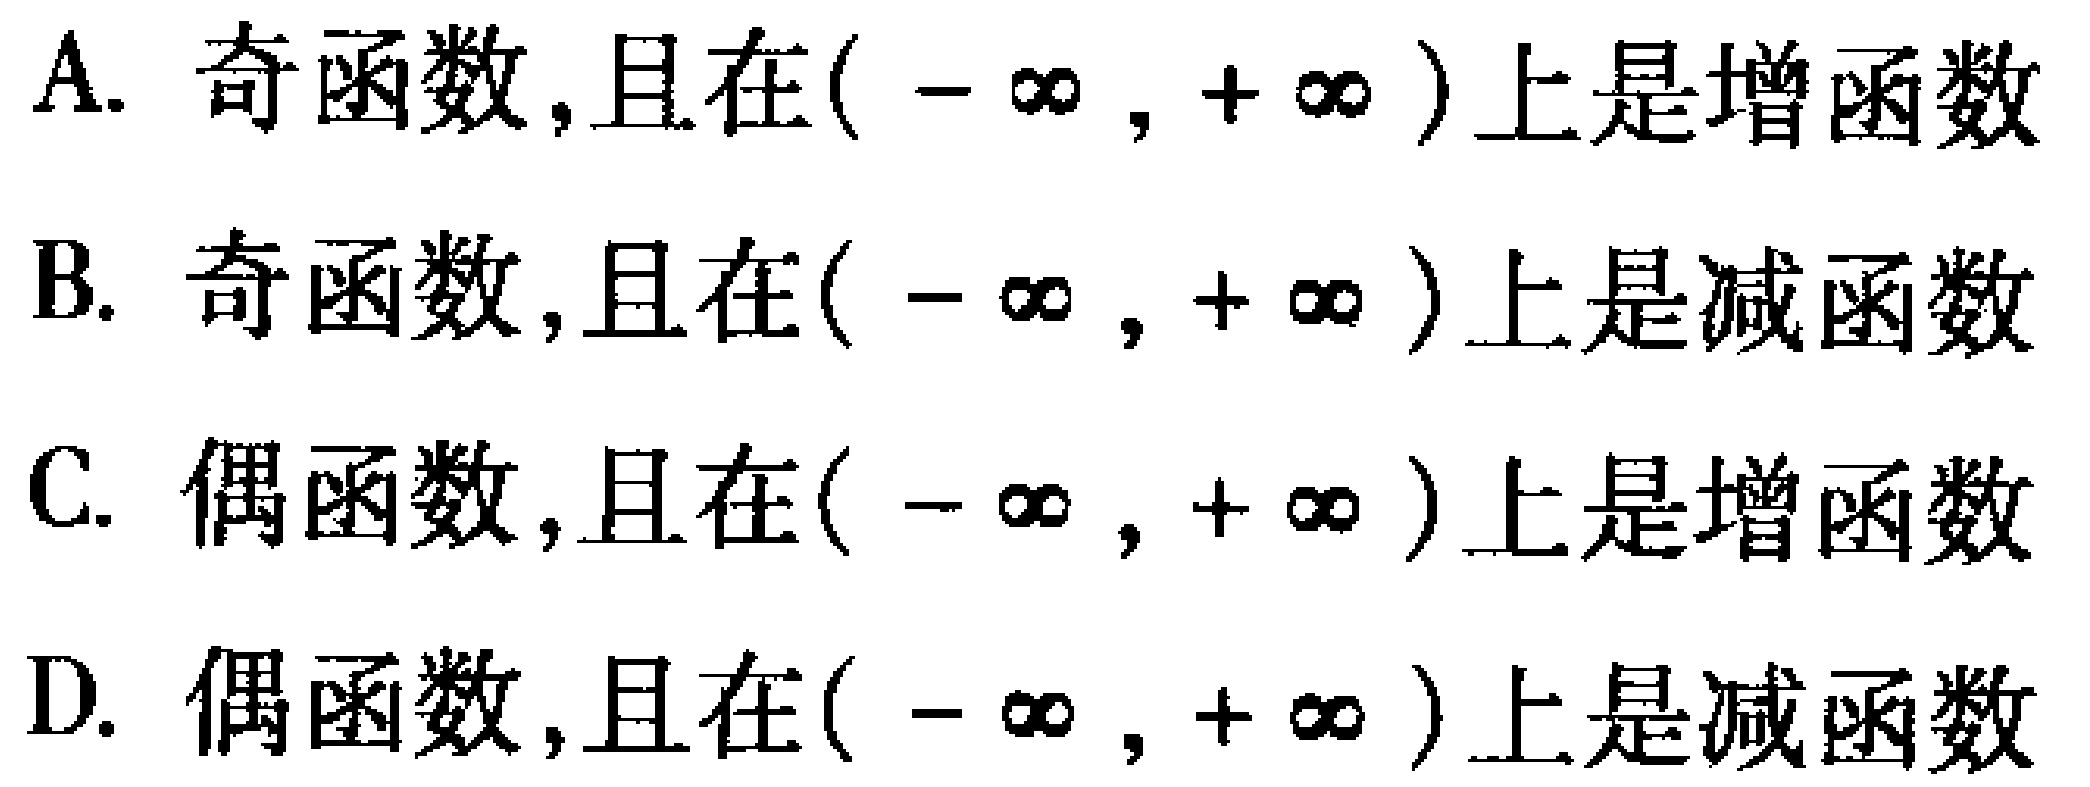
A. 奇函数,且在\((-\infty,+\infty)\)上是增函数

B. 奇函数,且在\((-\infty,+\infty)\)上是减函数

C. 偶函数,且在\((-\infty,+\infty)\)上是增函数

D. 偶函数,且在\((-\infty,+\infty)\)上是减函数